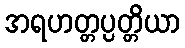
အရဟတ္တပ္ပတ္တိယာ